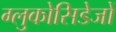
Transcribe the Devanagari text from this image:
ग्लुकोसिडेजों